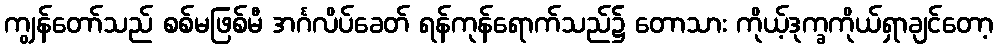
ကျွန်တော်သည် စစ်မဖြစ်မီ အင်္ဂလိပ်ခေတ် ရန်ကုန်ရောက်သည်၌ တောသား ကိုယ့်ဒုက္ခကိုယ်ရှာချင်တော့